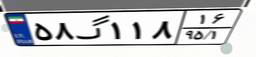
۵۸گ۱۱۸۱۶